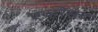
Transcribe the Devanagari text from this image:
एव्हरेसट